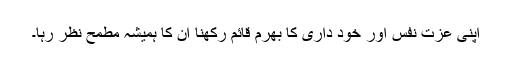
اپنی عزت نفس اور خود داری کا بھرم قائم رکھنا ان کا ہمیشہ مطمح نظر رہا۔